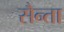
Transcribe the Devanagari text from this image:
सैन्ता